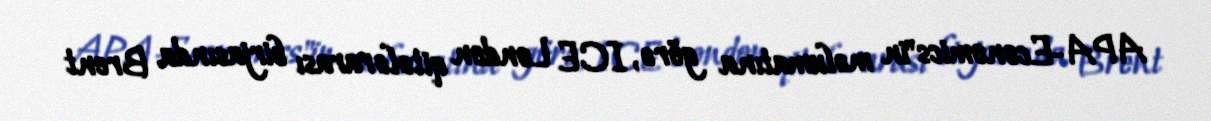
APA-Economics"in məlumatına görə, ICE London qitələrarası birjasında Brent